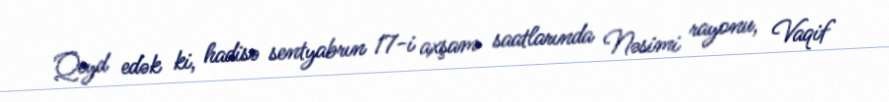
Qeyd edək ki, hadisə sentyabrın 17-i axşam saatlarında Nəsimi rayonu, Vaqif